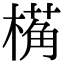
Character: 𬄌